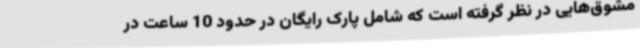
مشوق‌هایی در نظر گرفته است که شامل پارک رایگان در حدود 10 ساعت در